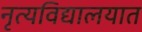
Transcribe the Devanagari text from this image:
नृत्यविद्यालयात